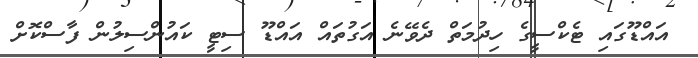
އައްޑޫގައި ޓެކްސީގެ ހިދުމަތް ދެވޭނެ އަގުތައް އައްޑޫ ސިޓީ ކައުންސިލުން ފާސްކޮށް